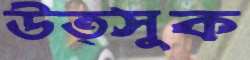
উত্সুক